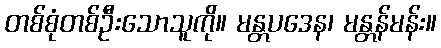
တစ်စုံတစ်ဦးသောသူကို။ မန္တပဒေန၊ မန္တန်မန်း။